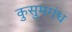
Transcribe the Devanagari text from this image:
कुसुमगंध